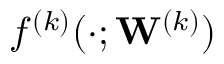
f ^ { ( k ) } ( \cdot ; { \mathbf W } ^ { ( k ) } )